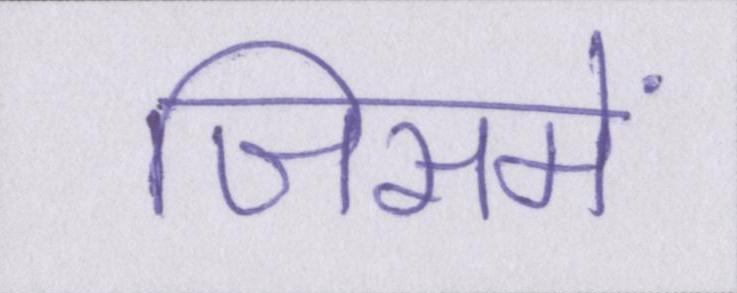
जिसमें